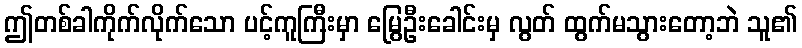
ဤတစ်ခါကိုက်လိုက်သော ပင့်ကူကြီးမှာ မြွေဦးခေါင်းမှ လွတ် ထွက်မသွားတော့ဘဲ သူ၏